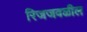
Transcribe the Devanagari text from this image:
रिजजवळील